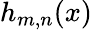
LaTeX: h_{m,n}(x)